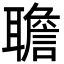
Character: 聸